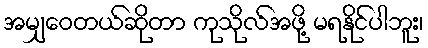
အမျှဝေတယ်ဆိုတာ ကုသိုလ်အဖို့ မရနိုင်ပါဘူး၊